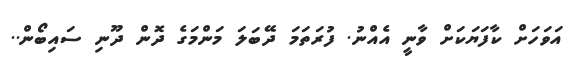
އަވަހަށް ކާފަޔަކަށް ވާނީ އެއްނު. ފުރަތަމަ ދޭބަލަ މަންމަގެ ދޮން ދޫނި ސައިބޯން..